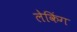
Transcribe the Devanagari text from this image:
लेकिंग